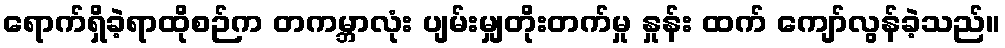
ရောက်ရှိခဲ့ရာထိုစဉ်က တကမ္ဘာလုံး ပျမ်းမျှတိုးတက်မှု နှုန်း ထက် ကျော်လွန်ခဲ့သည်။